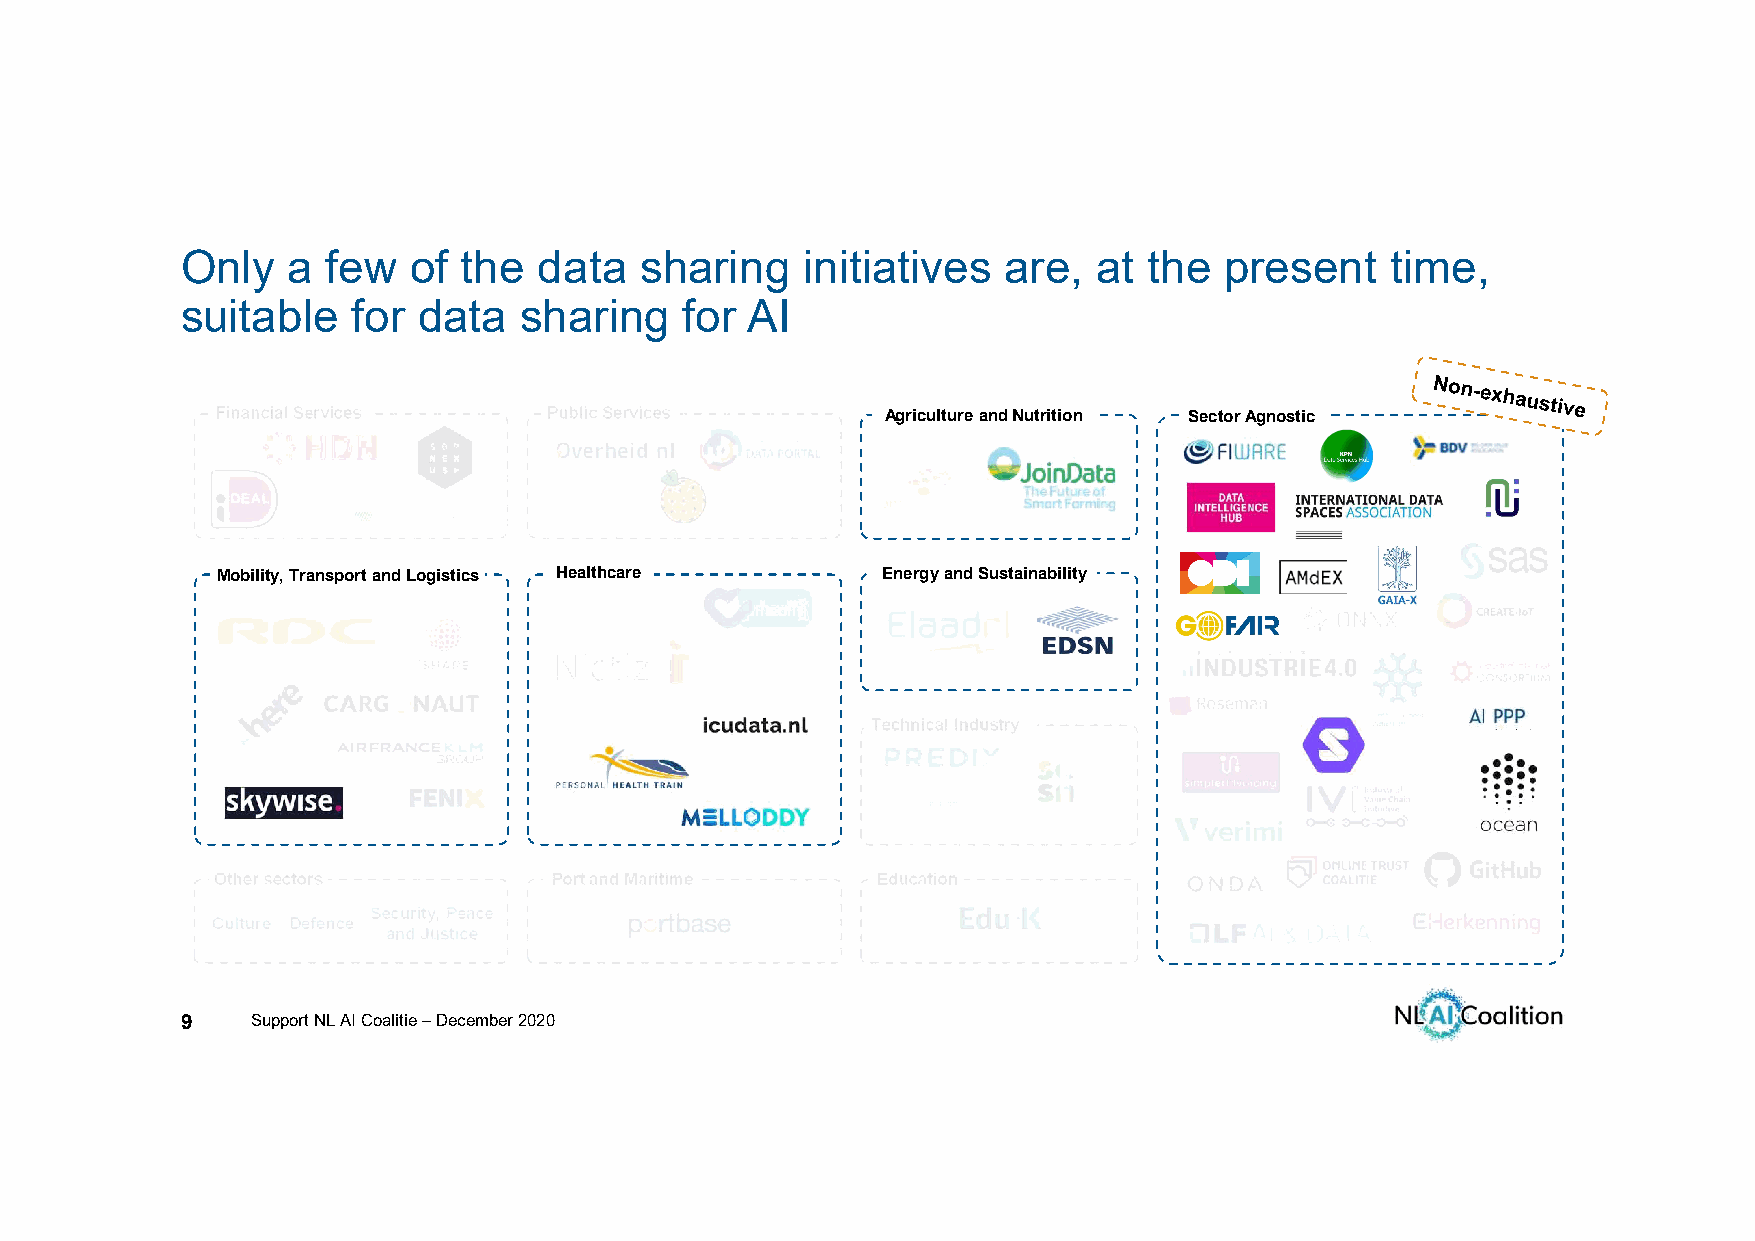
Only   a  few  of  the  data  sharing    initiatives   are,  at the  present    time,
 suitable   for  data  sharing    for AI
 Financial Services    Public Services        Agriculture and Nutrition Sector Agnostic
 Mobility, Transport and Logistics Healthcare Energy and Sustainability
 Technical Industry
 Other sectors          Port and Maritime    Education
 Security, Peace
 Culture Defence
 and Justice
 9    Support NL AI Coalitie –December 2020